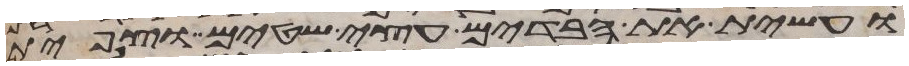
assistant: ועשית את הבדים עצי שטים וצפית